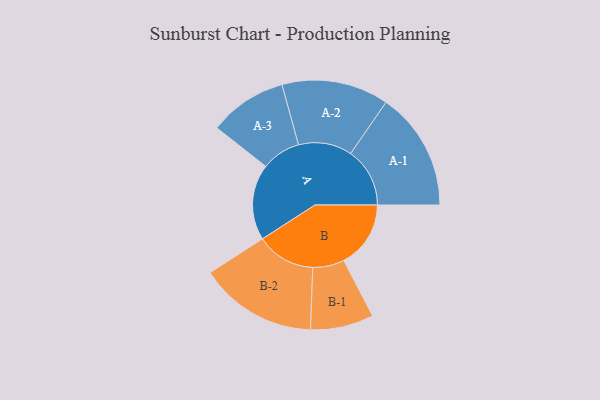
{"axis": {"x": "Segment", "y": "Value"}, "legend": ["", "A", "B"], "data": [{"x": "A", "y": 346, "type": ""}, {"x": "B", "y": 305, "type": ""}, {"x": "A-1", "y": 270, "type": "A"}, {"x": "A-2", "y": 244, "type": "A"}, {"x": "A-3", "y": 178, "type": "A"}, {"x": "B-1", "y": 144, "type": "B"}, {"x": "B-2", "y": 269, "type": "B"}]}